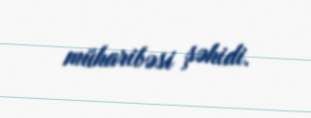
müharibəsi şəhidi.